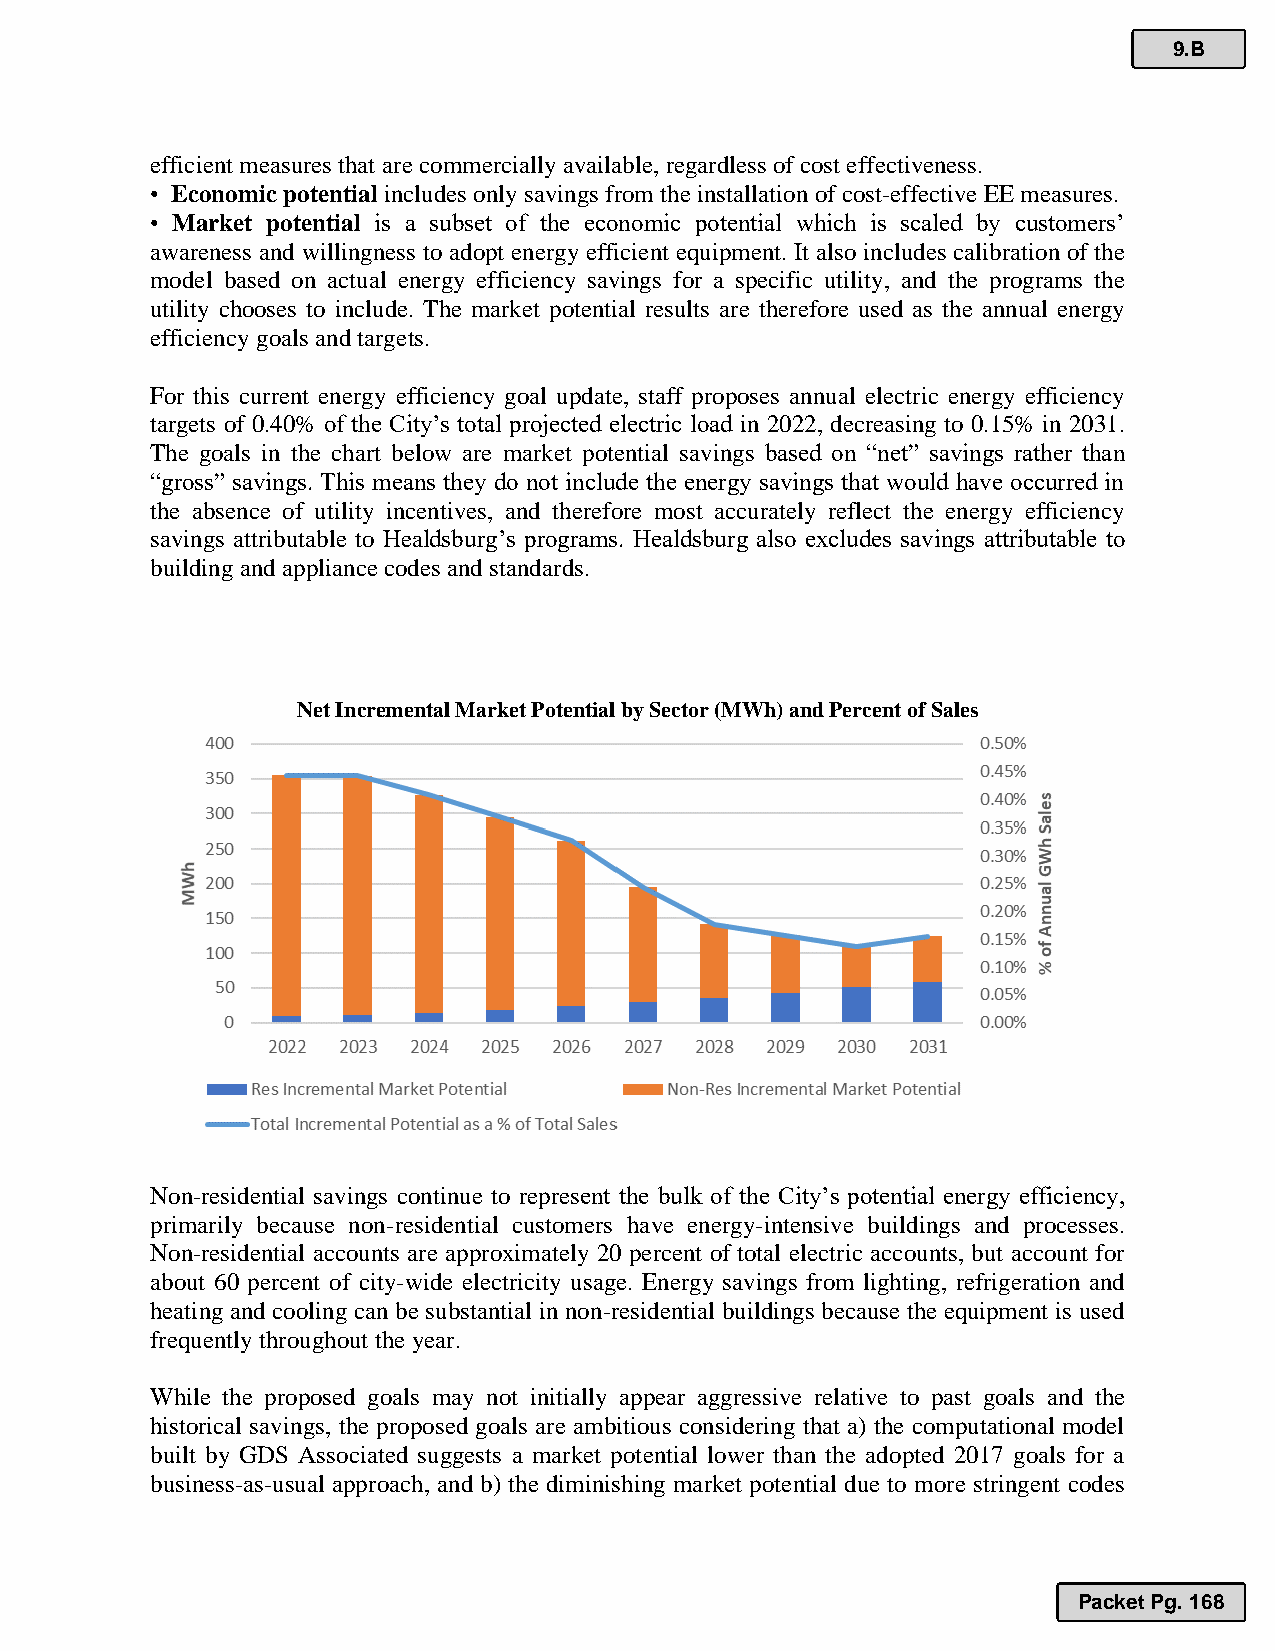
9.B
 efficient measures that are commercially available, regardless of cost effectiveness.
 • Economic potential includes only savings from the installation of cost-effective EE measures.
 • Market potential is a subset of the economic potential which is scaled by customers’
 awareness and willingness to adopt energy efficient equipment. It also includes calibration of the
 model based on actual energy efficiency savings for a specific utility, and the programs the
 utility chooses to include. The market potential results are therefore used as the annual energy
 efficiency goals and targets.
 For this current energy efficiency goal update, staff proposes annual electric energy efficiency
 targets of 0.40% of the City’s total projected electric load in 2022, decreasing to 0.15% in 2031.
 The goals in the chart below are market potential savings based on “net” savings rather than
 “gross” savings. This means they do not include the energy savings that would have occurred in
 the absence of utility incentives, and therefore most accurately reflect the energy efficiency
 savings attributable to Healdsburg’s programs. Healdsburg also excludes savings attributable to
 building and appliance codes and standards.
 Net Incremental Market Potential by Sector (MWh) and Percent of Sales
 Non-residential savings continue to represent the bulk of the City’s potential energy efficiency,
 primarily because non-residential customers have energy-intensive buildings and processes.
 Non-residential accounts are approximately 20 percent of total electric accounts, but account for
 about 60 percent of city-wide electricity usage. Energy savings from lighting, refrigeration and
 heating and cooling can be substantial in non-residential buildings because the equipment is used
 frequently throughout the year.
 While the proposed goals may not initially appear aggressive relative to past goals and the
 historical savings, the proposed goals are ambitious considering that a) the computational model
 built by GDS Associated suggests a market potential lower than the adopted 2017 goals for a
 business-as-usual approach, and b) the diminishing market potential due to more stringent codes
 Packet Pg. 168